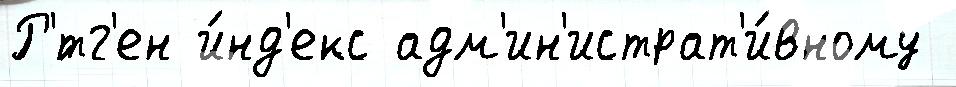
Р'́тг'ен и́нд'екс адм'ин'истрат'и́вному